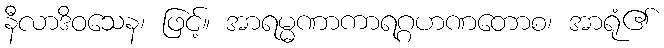
နီလာဒိဝသေန၊ ဖြင့်။ အာရမ္မဏာကာရဂ္ဂဟဏတောစ၊ အာရုံ၏